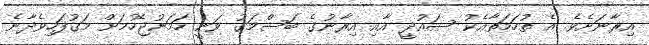
އިރާނަށެވެ. އެ ތުހަމަތާއެކު ސައުދީ އާއި އިރާނުގެ ބަސްމަގު ވަނީ ހަމަނުޖެހުމަށް މަގުފަހިވެދާނެ